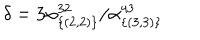
LaTeX: \delta = 3 \alpha _ { \{ ( 2 , 2 ) \} } ^ { 3 2 } / \alpha _ { \{ ( 3 , 3 ) \} } ^ { 4 3 }